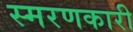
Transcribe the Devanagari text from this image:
स्मरणकारी